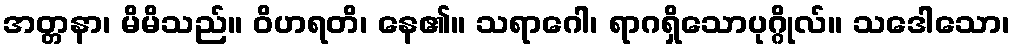
အတ္တနာ၊ မိမိသည်။ ဝိဟရတိ၊ နေ၏။ သရာဂေါ၊ ရာဂရှိသောပုဂ္ဂိုလ်။ သဒေါသော၊